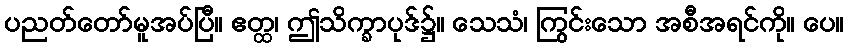
ပညတ်တော်မူအပ်ပြီ။ ဧတ္ထ၊ ဤသိက္ခာပုဒ်၌။ သေသံ၊ ကြွင်းသော အစီအရင်ကို။ ပေ။